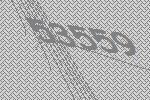
53559